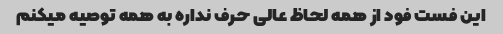
این فست فود از همه لحاظ عالی حرف نداره به همه توصیه میکنم